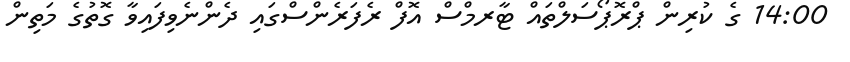
14:00 ގެ ކުރިން ޕްރޮޕޯސަލްތައް ޓާރމްސް އޮފް ރެފަރެންސްގައި ދެންނެވިފައިވާ ގޮތުގެ މަތިން